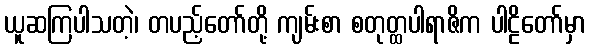
ယူဆကြပါသတဲ့၊ တပည့်တော်တို့ ကျမ်းစာ စတုတ္ထပါရာဇိက ပါဠိတော်မှာ